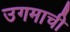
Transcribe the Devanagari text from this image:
उगमाची